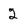
Character: 2